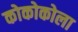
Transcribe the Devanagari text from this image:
कोकोकोला